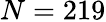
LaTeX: N=219